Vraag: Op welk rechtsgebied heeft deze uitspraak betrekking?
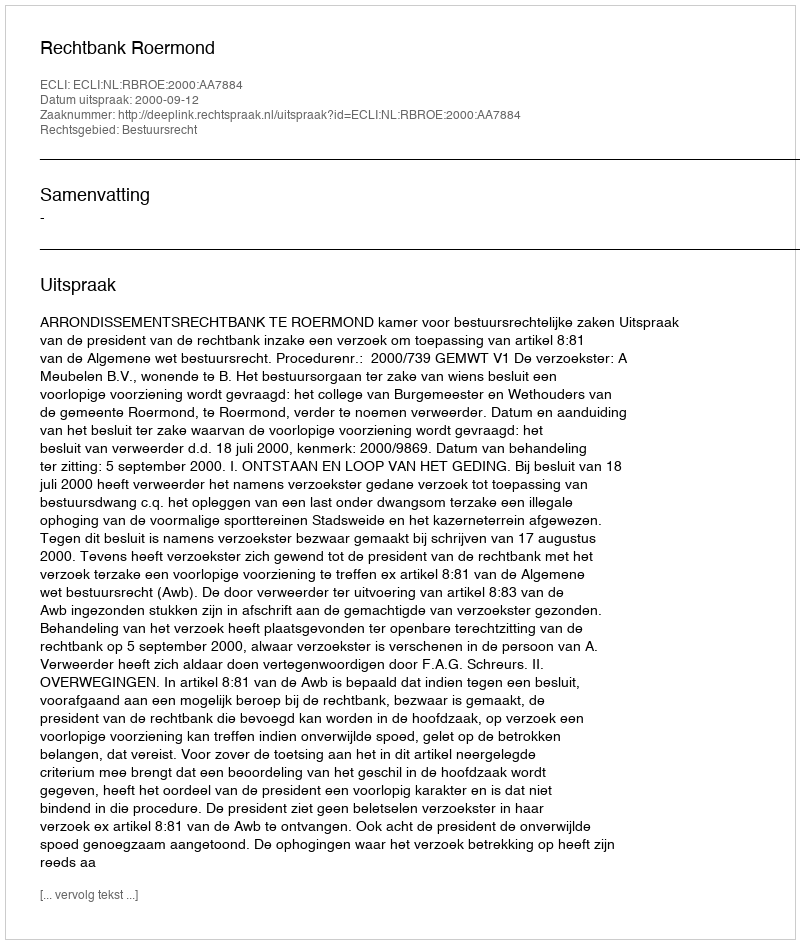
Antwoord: Bestuursrecht